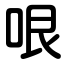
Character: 哏